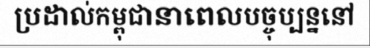
ប្រដាល់កម្ពុជានាពេលបច្ចុប្បន្ននៅ